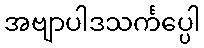
အဗျာပါဒသင်္ကပ္ပေါ